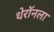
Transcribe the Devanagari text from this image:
थेरॉनला